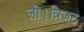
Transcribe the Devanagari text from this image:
ली।त्रिजट